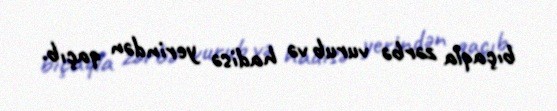
bıçaqla zərbə vurub və hadisə yerindən qaçıb.